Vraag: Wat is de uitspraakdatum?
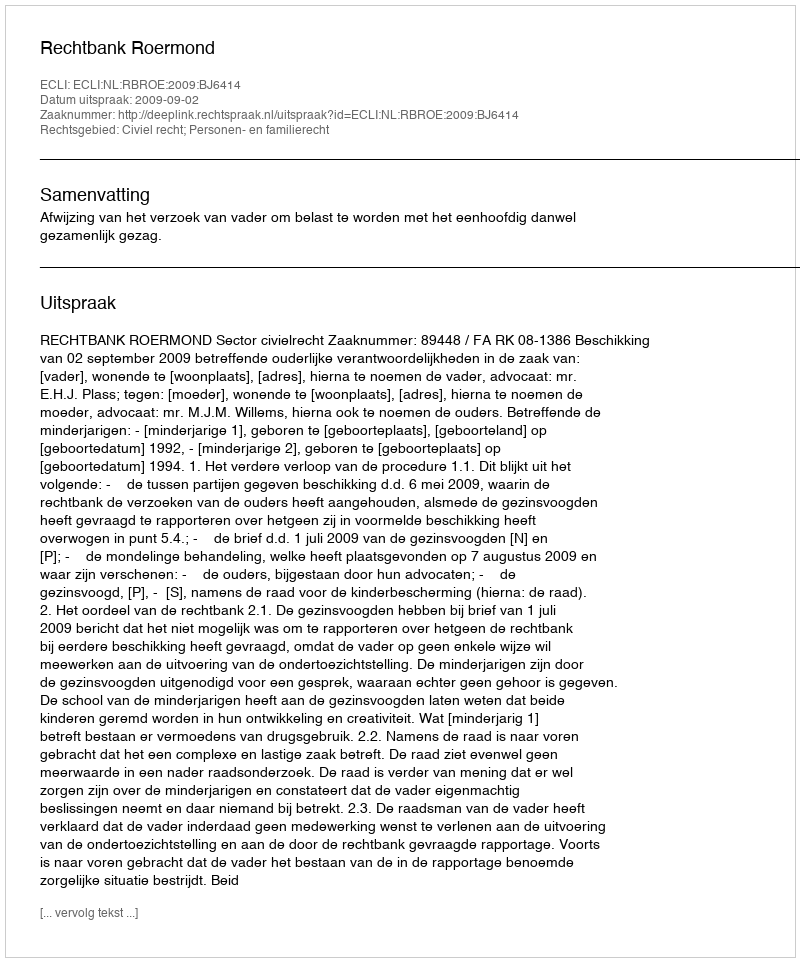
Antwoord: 2009-09-02